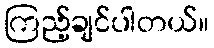
ကြည့်ချင်ပါတယ်။